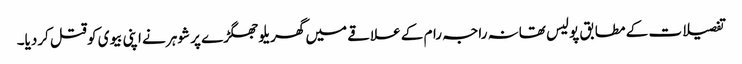
تفصیلات کے مطابق پولیس تھانہ راجہ رام کے علاقے میں گھریلو جھگڑے پر شوہر نے اپنی بیوی کو قتل کردیا۔